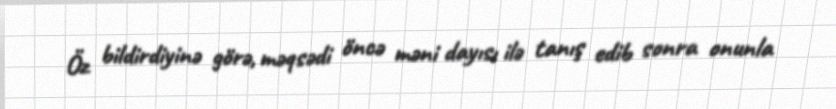
Öz bildirdiyinə görə, məqsədi öncə məni dayısı ilə tanış edib sonra onunla